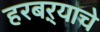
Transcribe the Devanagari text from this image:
हरबऱ्याचे